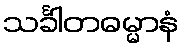
သင်္ခါတဓမ္မာနံ